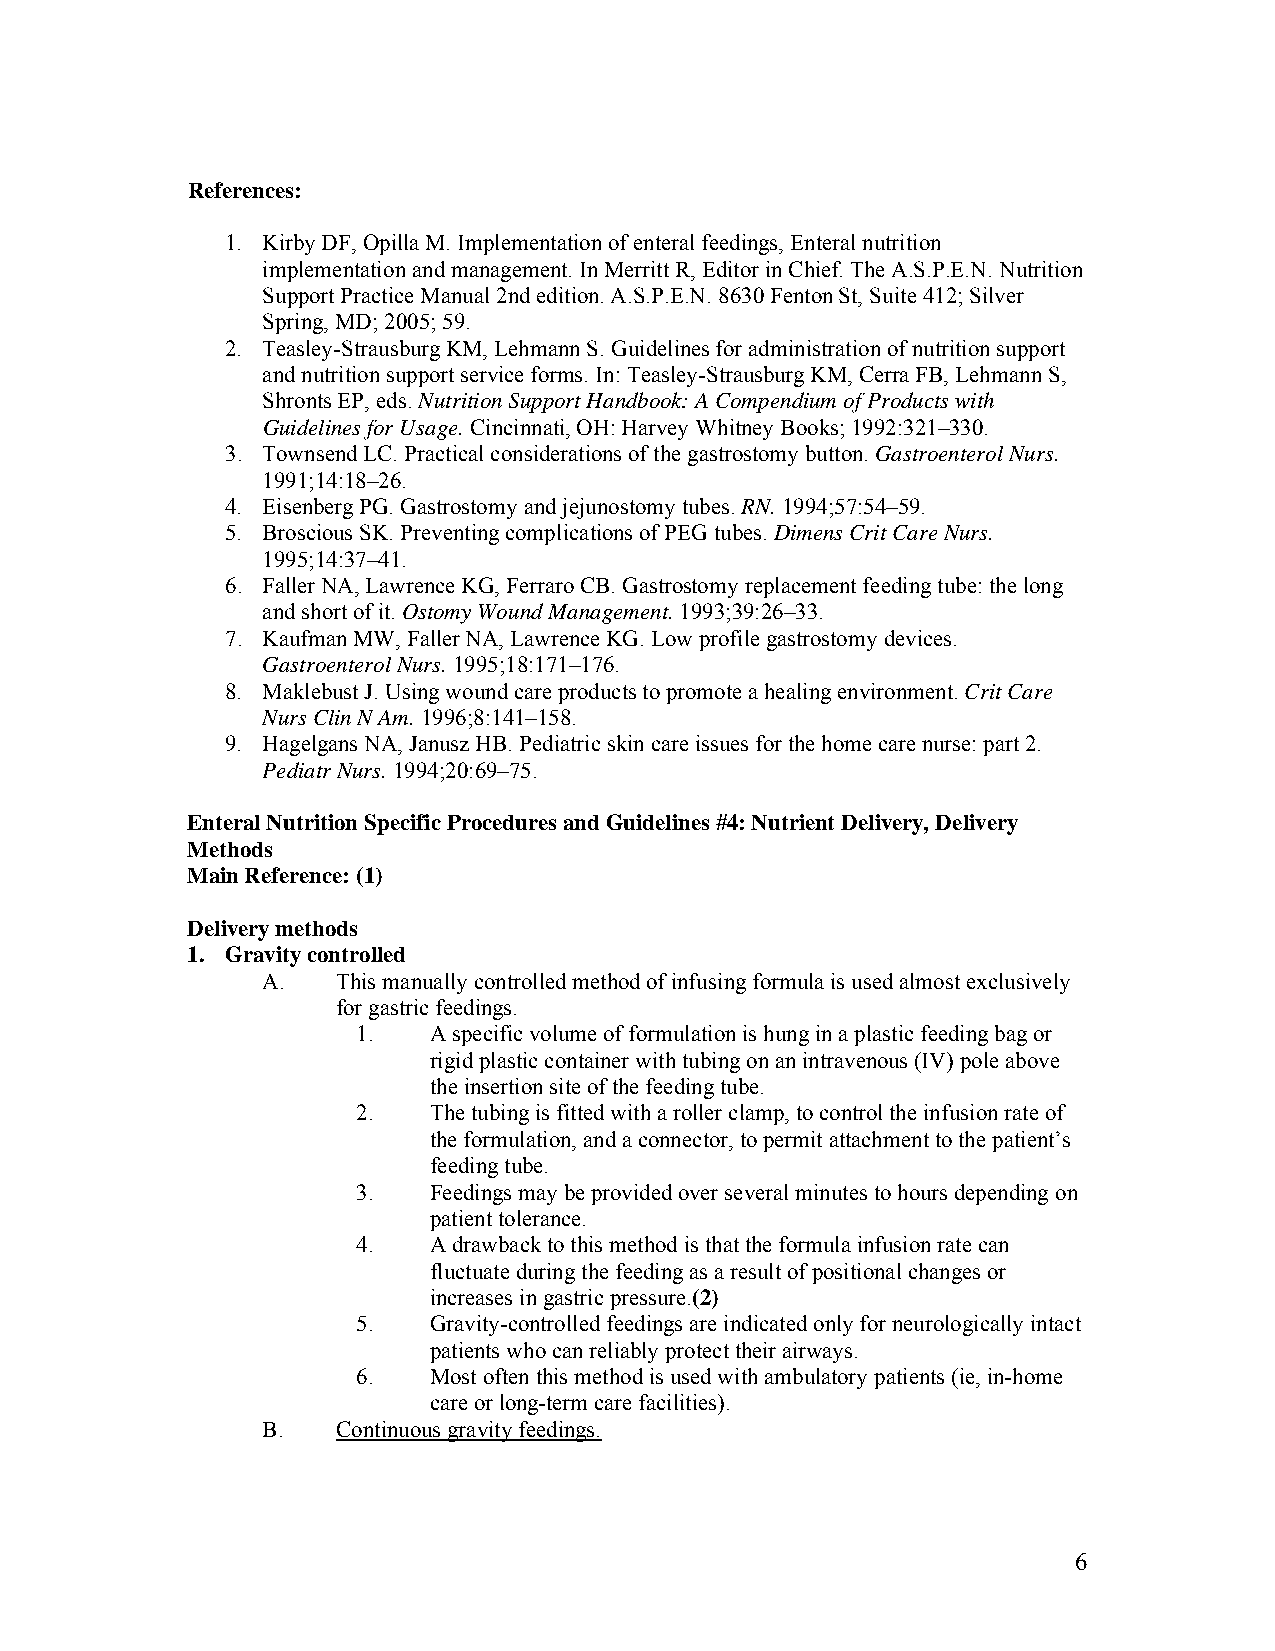
References:
 1. Kirby DF, Opilla M. Implementation of enteral feedings, Enteral nutrition
 implementation and management. In Merritt R, Editor in Chief. The A.S.P.E.N. Nutrition
 Support Practice Manual 2nd edition. A.S.P.E.N. 8630 Fenton St, Suite 412; Silver
 Spring, MD; 2005; 59.
 2. Teasley-Strausburg KM, Lehmann S. Guidelines for administration of nutrition support
 and nutrition support service forms. In: Teasley-Strausburg KM, Cerra FB, Lehmann S,
 Shronts EP, eds. Nutrition Support Handbook: A Compendium of Products with
 Guidelines for Usage. Cincinnati, OH: Harvey Whitney Books; 1992:321–330.
 3. Townsend LC. Practical considerations of the gastrostomy button. Gastroenterol Nurs.
 1991;14:18–26.
 4. Eisenberg PG. Gastrostomy and jejunostomy tubes. RN. 1994;57:54–59.
 5. Broscious SK. Preventing complications of PEG tubes. Dimens Crit Care Nurs.
 1995;14:37–41.
 6. Faller NA, Lawrence KG, Ferraro CB. Gastrostomy replacement feeding tube: the long
 and short of it. Ostomy Wound Management. 1993;39:26–33.
 7. Kaufman MW, Faller NA, Lawrence KG. Low profile gastrostomy devices.
 Gastroenterol Nurs. 1995;18:171–176.
 8. Maklebust J. Using wound care products to promote a healing environment. Crit Care
 Nurs Clin N Am. 1996;8:141–158.
 9. Hagelgans NA, Janusz HB. Pediatric skin care issues for the home care nurse: part 2.
 Pediatr Nurs. 1994;20:69–75.
 Enteral Nutrition Specific Procedures and Guidelines #4: Nutrient Delivery, Delivery
 Methods
 Main Reference: (1)
 Delivery methods
 1. Gravity controlled
 A.   This manually controlled method of infusing formula is used almost exclusively
 for gastric feedings.
 1.  A specific volume of formulation is hung in a plastic feeding bag or
 rigid plastic container with tubing on an intravenous (IV) pole above
 the insertion site of the feeding tube.
 2.  The tubing is fitted with a roller clamp, to control the infusion rate of
 the formulation, and a connector, to permit attachment to the patient’s
 feeding tube.
 3.  Feedings may be provided over several minutes to hours depending on
 patient tolerance.
 4.  A drawback to this method is that the formula infusion rate can
 fluctuate during the feeding as a result of positional changes or
 increases in gastric pressure.(2)
 5.  Gravity-controlled feedings are indicated only for neurologically intact
 patients who can reliably protect their airways.
 6.  Most often this method is used with ambulatory patients (ie, in-home
 care or long-term care facilities).
 B.   Continuous gravity feedings.
 6